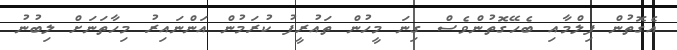
އެގޮތުން ފިލްމާއި ބެހޭގޮތުންވެސް ގިނަ މީހުން ތައުރީފު ކުރަމުން އަންނައިރު މިހާތަނަށް ލިބުނު